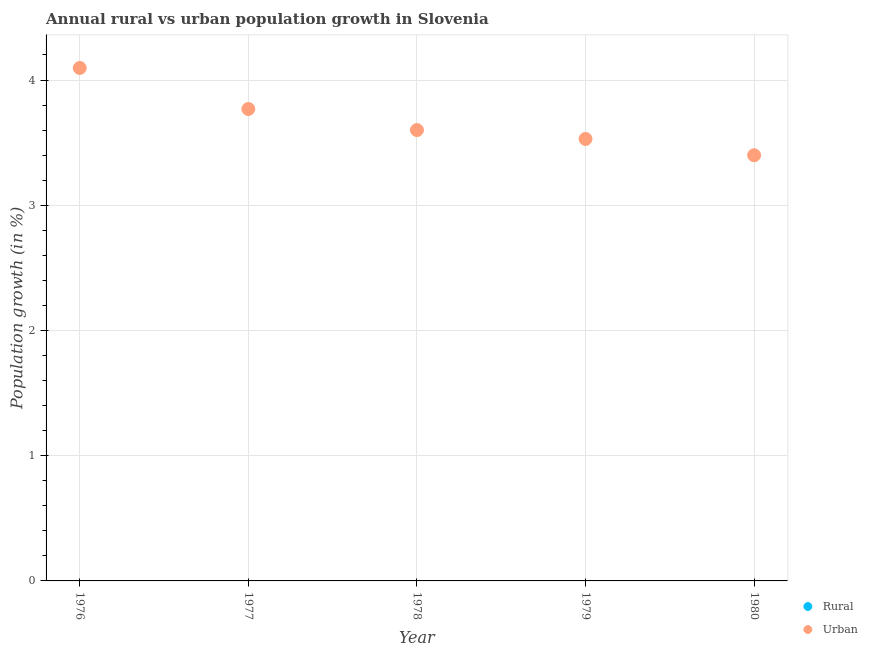
| Year | Rural | Urban  |
 | --- | --- | --- |
 | 1976 | -0.496 | 4.1 |
 | 1977 | -0.808 | 3.77 |
 | 1978 | -0.982 | 3.6 |
 | 1979 | -1.05 | 3.53 |
 | 1980 | -1.19 | 3.4 |